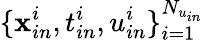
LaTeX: \{ \mathbf{x}_{in}^{i},t_{in}^{i},u_{in}^{i}\} _{i=1}^{N_{u_{in}}}